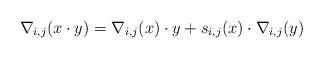
LaTeX: \begin{gather*}\nabla_{i,j}(x \cdot y)= \nabla_{i,j}(x) \cdot y + s_{i,j}(x) \cdot \nabla_{i,j}(y)\end{gather*}